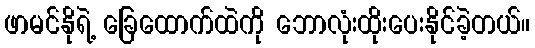
ဖာမင်နိုရဲ့ ခြေထောက်ထဲကို ဘောလုံးထိုးပေးနိုင်ခဲ့တယ်။